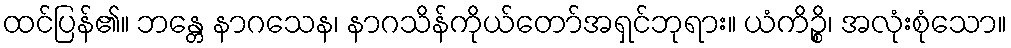
ထင်ပြန်၏။ ဘန္တေ နာဂသေန၊ နာဂသိန်ကိုယ်တော်အရှင်ဘုရား။ ယံကိဉ္စိ၊ အလုံးစုံသော။